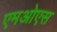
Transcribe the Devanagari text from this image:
एमओएस